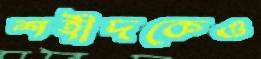
শহীদকেও